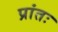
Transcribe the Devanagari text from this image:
प्रांतः